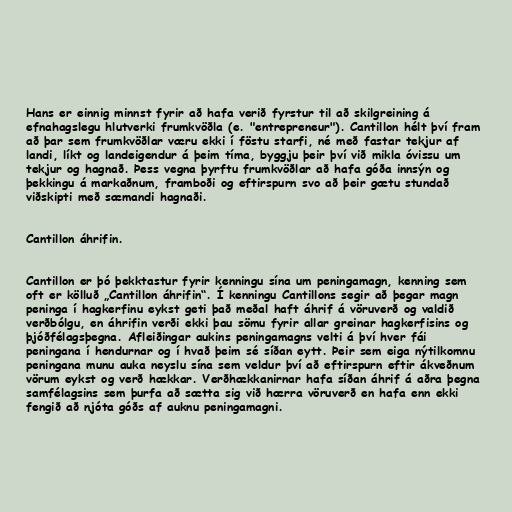
Hans er einnig minnst fyrir að hafa verið fyrstur til að skilgreining á
efnahagslegu hlutverki frumkvöðla (e. "entrepreneur"). Cantillon hélt því fram
að þar sem frumkvöðlar væru ekki í föstu starfi, né með fastar tekjur af
landi, líkt og landeigendur á þeim tíma, byggju þeir því við mikla óvissu um
tekjur og hagnað. Þess vegna þyrftu frumkvöðlar að hafa góða innsýn og
þekkingu á markaðnum, framboði og eftirspurn svo að þeir gætu stundað
viðskipti með sæmandi hagnaði.

Cantillon áhrifin.

Cantillon er þó þekktastur fyrir kenningu sína um peningamagn, kenning sem
oft er kölluð „Cantillon áhrifin“. Í kenningu Cantillons segir að þegar magn
peninga í hagkerfinu eykst geti það meðal haft áhrif á vöruverð og valdið
verðbólgu, en áhrifin verði ekki þau sömu fyrir allar greinar hagkerfisins og
þjóðfélagsþegna. Afleiðingar aukins peningamagns velti á því hver fái
peningana í hendurnar og í hvað þeim sé síðan eytt. Þeir sem eiga nýtilkomnu
peningana munu auka neyslu sína sem veldur því að eftirspurn eftir ákveðnum
vörum eykst og verð hækkar. Verðhækkanirnar hafa síðan áhrif á aðra þegna
samfélagsins sem þurfa að sætta sig við hærra vöruverð en hafa enn ekki
fengið að njóta góðs af auknu peningamagni.